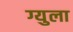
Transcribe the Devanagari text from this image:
ग्युला